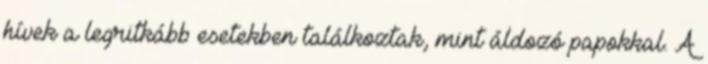
hívek a legritkább esetekben találkoztak, mint áldozó papokkal. A